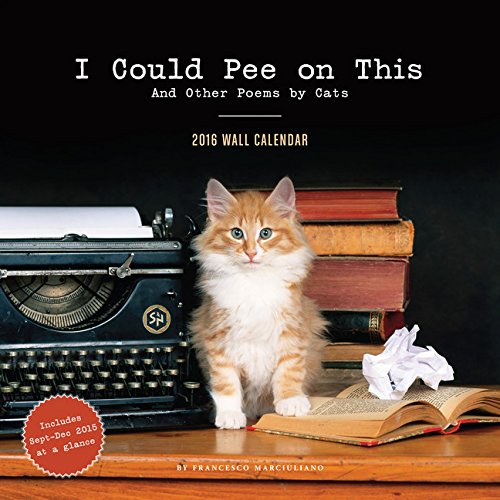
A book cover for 2016 Wall Calendar: I Could Pee on This; Francesco Marciuliano; Calendars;